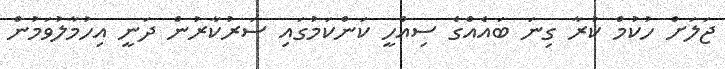
ޖަލަށް ހުކުމް ކުރާ ގިނަ ބައެއްގެ ސިއްހީ ކަންކަމުގައި ސަރުކާރުން ދަނީ އިހުމާލުވަމުން